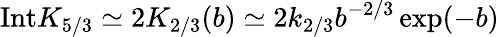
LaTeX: \mathrm{Int}K_{5/3}\simeq 2K_{2/3}(b)\simeq 2k_{2/3}b^{-2/3}\exp(-b)